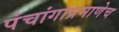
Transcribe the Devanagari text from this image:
पंचांगाप्रमाणेच